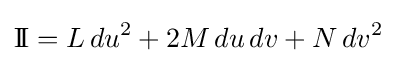
\mathrm {I\!I} =L\,du^{2}+2M\,du\,dv+N\,dv^{2}